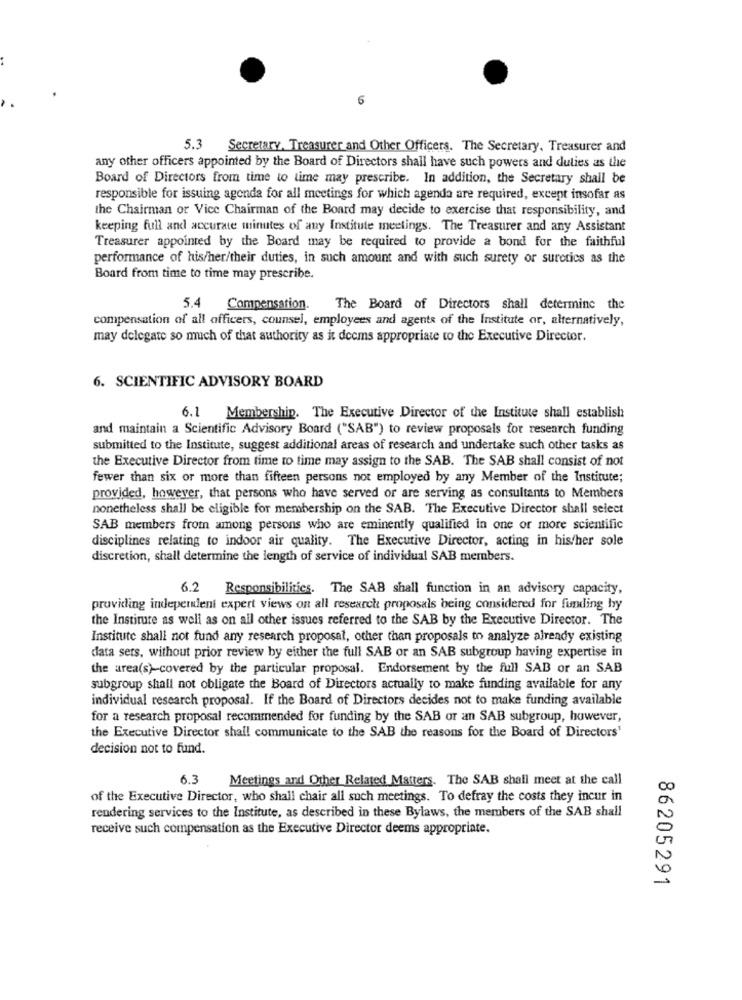
6
5.3
Secretary, Treasurer and Other Officers. The Secretary, Treasurer and
any other officers appointed by the Board of Directors shall have such powers and duties as the
Board of Directors from time to time may prescribe. In addition, the Secretary shall be
responsible for issuing agenda for all meetings for which agenda are required, except insofar as
the Chairman or Vice Chairman of the Board may decide to exercise that responsibility, and
keeping full and accurate minutes of any Institute meetings. The Treasurer and any Assistant
Treasurer appointed by the Board may be required to provide a bond for the faithful
performance of his/her/their duties, in such amount and with such surety or surctics as the
Board from time to time may prescribe.
5.4
Compensation.
The Board of Directors shall determine the
compensation of all officers, counsel, employees and agents of the Institute or, alternatively,
may delegate so much of that authority as it deems appropriate to the Executive Director.
6. SCIENTIFIC ADVISORY BOARD
6.1
Membership. The Executive Director of the Institute shall establish
and maintain a Scientific Advisory Board ("SAB") to review proposals for research funding
submitted to the Institute, suggest additional areas of research and undertake such other tasks as
the Executive Director from time to time may assign to the SAB. The SAB shall consist of not
fewer than six or more than fifteen persons not employed by any Member of the Institute;
provided, however, that persons who have served or are serving as consultants to Members
nonetheless shall be eligible for membership on the SAB. The Executive Director shall select
SAB members from among persons who are eminently qualified in one or more scientific
disciplines relating to indoor air quality. The Executive Director, acting in his/her sole
discretion, shall determine the length of service of individual SAB members.
6.2 Responsibilities. The SAB shall function in an advisory capacity,
providing independent expert views on all research proposals being considered for funding by
the Institute as well as on all other issues referred to the SAB by the Executive Director. The
Institute shall not fund any research proposal, other than proposals to analyze already existing
data sets, without prior review by either the full SAB or an SAB subgroup having expertise in
the area(s)-covered by the particular proposal. Endorsement by the full SAB or an SAB
subgroup shall not obligate the Board of Directors actually to make funding available for any
individual research proposal. If the Board of Directors decides not to make funding available
for a research proposal recommended for funding by the SAB or an SAB subgroup, however,
the Executive Director shall communicate to the SAB the reasons for the Board of Directors'
decision not to fund.
6.3
Meetings and Other Related Matters. The SAB shall meet at the call
of the Executive Director, who shall chair all such meetings. To defray the costs they incur in
0
rendering services to the Institute, as described in these Bylaws, the members of the SAB shall
receive such compensation as the Executive Director deems appropriate.
0
86205291